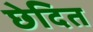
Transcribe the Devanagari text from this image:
छेदित